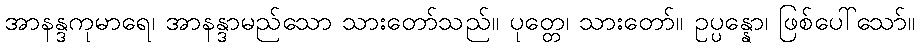
အာနန္ဒကုမာရေ၊ အာနန္ဒာမည်သော သားတော်သည်။ ပုတ္တေ၊ သားတော်။ ဥပ္ပန္နော၊ ဖြစ်ပေါ်သော်။